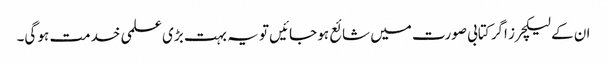
ان کے لیکچرز اگر کتابی صورت میں شائع ہو جائیں تو یہ بہت بڑی علمی خدمت ہو گی۔